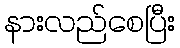
နားလည်စေပြီး